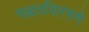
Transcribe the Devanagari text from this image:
पद्धतशिरपणे